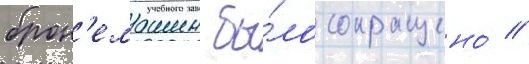
брон'емашин бы́ло сокращено́ //